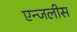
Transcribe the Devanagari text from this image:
एन्जलीस